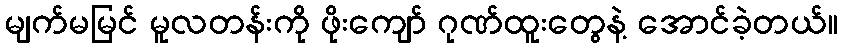
မျက်မမြင် မူလတန်းကို ဖိုးကျော် ဂုဏ်ထူးတွေနဲ့ အောင်ခဲ့တယ်။